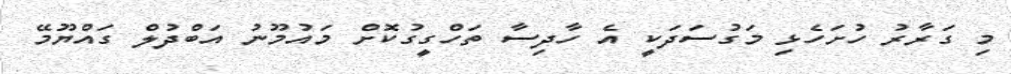
މި ގަރާރު ހުށަހެޅި މަގުސަދަކީ އެ ހާދިސާ ތަހްގީގުކޮށް މައުމޫނު އަބްދުލް ގައްޔޫމޭ